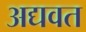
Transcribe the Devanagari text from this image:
अद्यवत